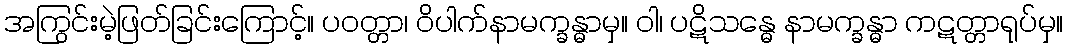
အကြွင်းမဲ့ဖြတ်ခြင်းကြောင့်။ ပဝတ္တာ၊ ဝိပါက်နာမက္ခန္ဓာမှ။ ဝါ၊ ပဋိသန္ဓေ နာမက္ခန္ဓာ ကဋတ္တာရုပ်မှ။